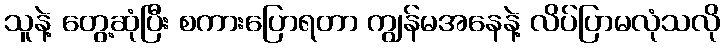
သူနဲ့ တွေ့ဆုံပြီး စကားပြောရတာ ကျွန်မအနေနဲ့ လိပ်ပြာမလုံသလို